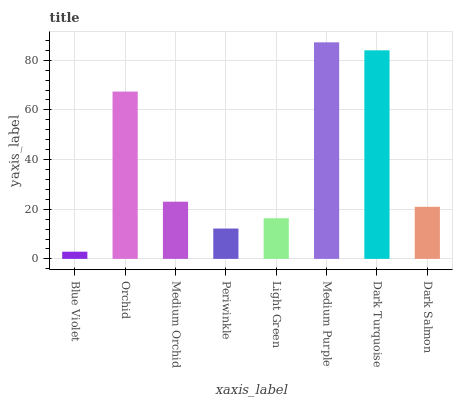
| xaxis_label | bars |
 | --- | --- |
 | Blue Violet | 2.89 |
 | Orchid | 67.4 |
 | Medium Orchid | 23 |
 | Periwinkle | 12.2 |
 | Light Green | 16.4 |
 | Medium Purple | 87.2 |
 | Dark Turquoise | 84 |
 | Dark Salmon | 21 |